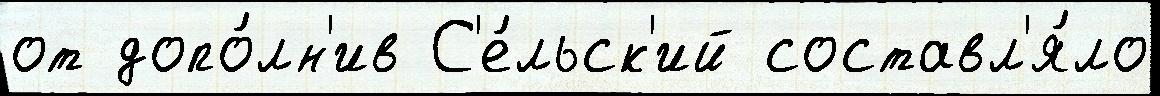
от допо́лн'ив С'е́льск'ий составл'я́ло